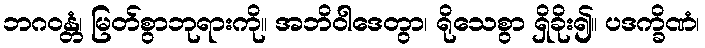
ဘဂဝန္တံ၊ မြတ်စွာဘုရားကို။ အဘိဝါဒေတွာ၊ ရိုသေစွာ ရှိခိုး၍။ ပဒက္ခိဏံ၊